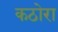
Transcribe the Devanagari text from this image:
कठोरा